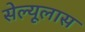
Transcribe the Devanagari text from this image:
सेल्यूलास